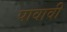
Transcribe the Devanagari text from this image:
पावावी